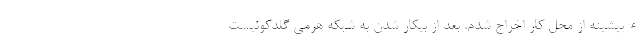
ءپیشینه از محل کار اخراج شدم. بعد از بیکار شدن به شبکه هرمی گلدکوئیست